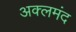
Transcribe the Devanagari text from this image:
अक्लमंद